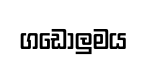
ගඩොලුමය